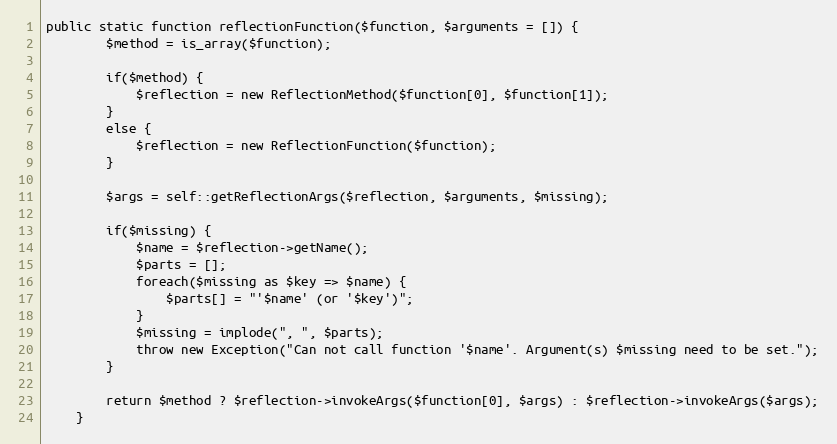
Language: PHP
public static function reflectionFunction($function, $arguments = []) {
        $method = is_array($function);

        if($method) {
            $reflection = new ReflectionMethod($function[0], $function[1]);
        }
        else {
            $reflection = new ReflectionFunction($function);
        }

        $args = self::getReflectionArgs($reflection, $arguments, $missing);

        if($missing) {
            $name = $reflection->getName();
            $parts = [];
            foreach($missing as $key => $name) {
                $parts[] = "'$name' (or '$key')";
            }
            $missing = implode(", ", $parts);
            throw new Exception("Can not call function '$name'. Argument(s) $missing need to be set.");
        }

        return $method ? $reflection->invokeArgs($function[0], $args) : $reflection->invokeArgs($args);
    }